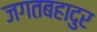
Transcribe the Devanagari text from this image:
जगतबहादुर